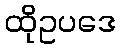
ထိုဥပဒေ